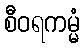
စီဝရကမ္မံ